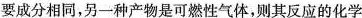
要成分相同，另一种产物是可燃性气体，则其反应的化学